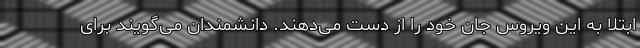
ابتلا به این ویروس جان خود را از دست می‌دهند. دانشمندان می‌گویند برای